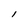
Character: 1